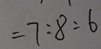
= 7 : 8 : 6